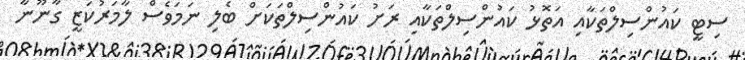
ސިޓީ ކައުންސިލްތަކާއި އަތޮޅު ކައުންސިލްތަކާއި ރަށު ކައުންސިލްތަކަށް ބެލި ނަމަވެސް ލާމަރުކަޒީ ގާނޫނާ